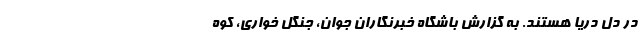
در دل دریا هستند. به گزارش باشگاه خبرنگاران جوان، جنگل خواری، کوه